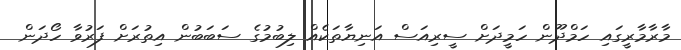
މާރާމާރީގައި ހަމްދޫން ހަމީދަށް ސީރިއަސް އަނިޔާތަކެއް ލިބުމުގެ ސަބަބުން އިތުރަށް ފަރުވާ ހޯދަން